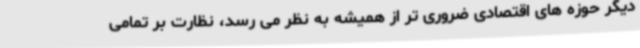
دیگر حوزه های اقتصادی ضروری تر از همیشه به نظر می رسد، نظارت بر تمامی